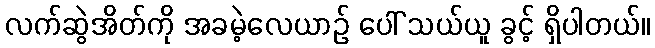
လက်ဆွဲအိတ်ကို အခမဲ့လေယာဉ် ပေါ် သယ်ယူ ခွင့် ရှိပါတယ်။